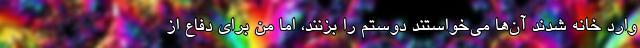
وارد خانه شدند آن‌ها می‌خواستند دوستم را بزنند، اما من برای دفاع از